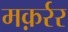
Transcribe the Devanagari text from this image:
मक़र्रर